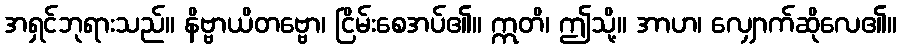
အရှင်ဘုရားသည်။ နိဗ္ဗာယိတဗ္ဗော၊ ငြိမ်းစေအပ်၏။ ဣတိ၊ ဤသို့။ အာဟ၊ လျှောက်ဆိုလေ၏။